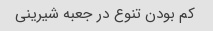
کم بودن تنوع در جعبه شیرینی